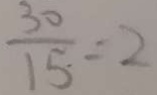
\frac { 3 0 } { 1 5 } = 2